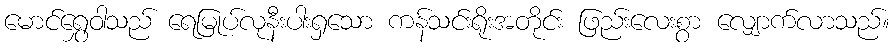
မောင်ရွှေဝါသည် ရေမြုပ်လုနီးပါးရှသော ကန်သင်းရိုးအတိုင်း ဖြည်းလေးစွာ လျှောက်လာသည်။